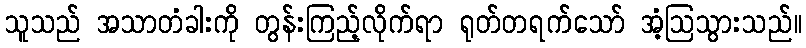
သူသည် အသာတံခါးကို တွန်းကြည့်လိုက်ရာ ရုတ်တရက်သော် အံ့ဩသွားသည်။